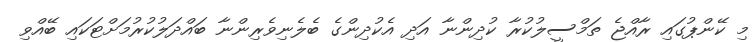
މި ކޭންޕުގައި ރާއްޖެ ތަމްސީލުކުރާ ކުދިންނާ އަދި އެކުދިންގެ ބެލެނިވެރިންނާ ބައްދަލުކުރުމަށްޓަކައި ބޭއްވި